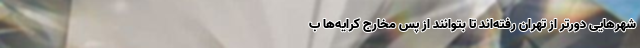
شهرهایی دورتر از تهران رفته‌اند تا بتوانند از پس مخارج کرایه‌ها ب